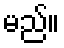
မည်။